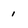
Character: 1